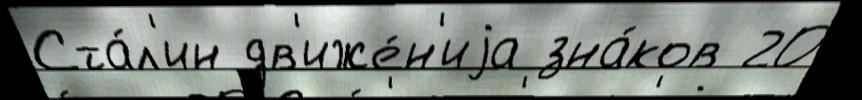
Ста́л'ин дв'иже́н'иjа зна́ков 20